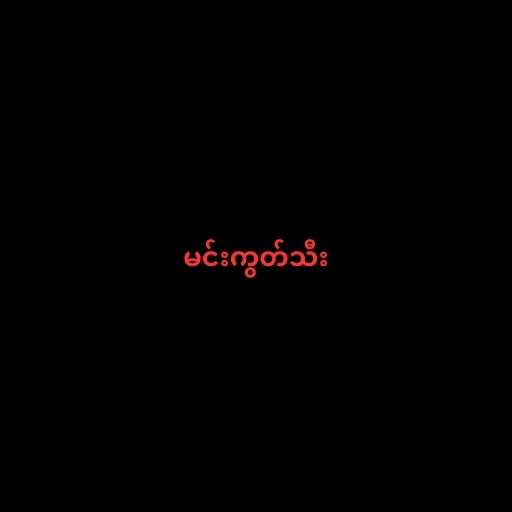
မင်းကွတ်သီး